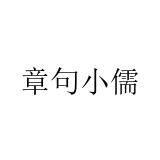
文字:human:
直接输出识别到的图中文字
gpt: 章句小儒